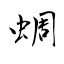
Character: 蜩